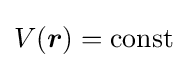
V({\boldsymbol {r}})={\text{const}}